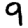
Digit: 9